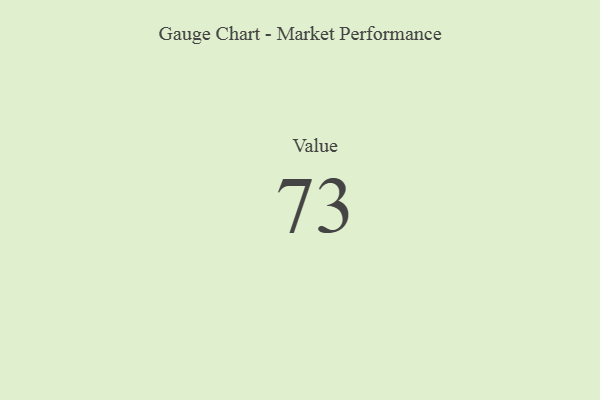
{"axis": {"x": "Metric", "y": "Value"}, "legend": [""], "data": [{"x": "Value", "y": 73, "type": ""}]}